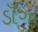
ડાઁગ